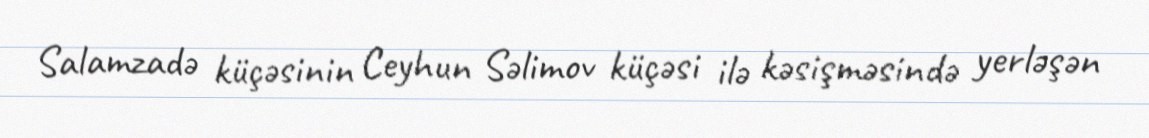
Salamzadə küçəsinin Ceyhun Səlimov küçəsi ilə kəsişməsində yerləşən